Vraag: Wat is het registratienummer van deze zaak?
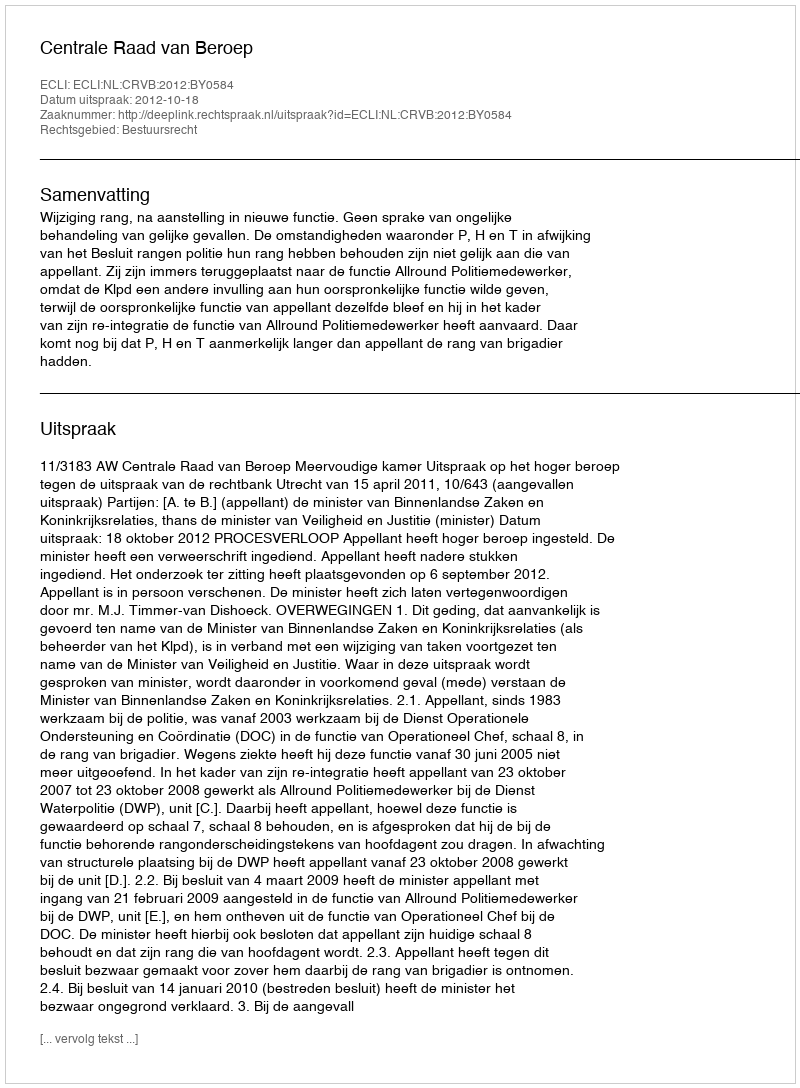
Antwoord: http://deeplink.rechtspraak.nl/uitspraak?id=ECLI:NL:CRVB:2012:BY0584